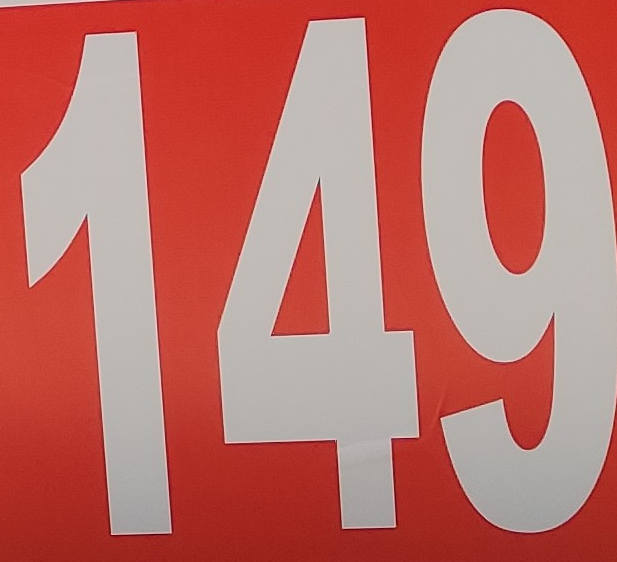
149